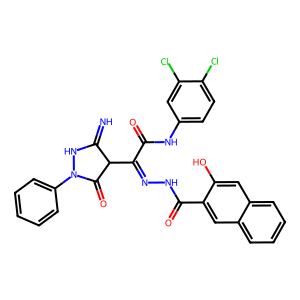
SMILES: N=C1NN(c2ccccc2)C(=O)C1C(=NNC(=O)c1cc2ccccc2cc1O)C(=O)Nc1ccc(Cl)c(Cl)c1
Inhibits HIV replication: No